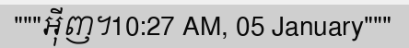
"""អ៊ីញ។10:27 AM, 05 January"""